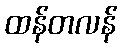
ထန်တလန်